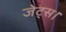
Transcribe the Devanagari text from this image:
जेट्स।